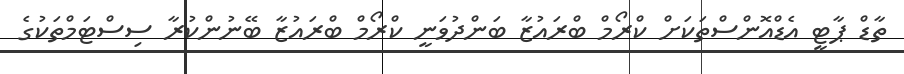
ތާޑް ޕާޓީ އެޑްއޮންސްތަކަށް ކްރޯމް ބްރައުޒާ ބަންދުވަނީ ކްރޯމް ބްރައުޒާ ބޭނުންކުރާ ސިސްޓަމްތަކުގެ